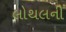
લોથલની